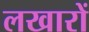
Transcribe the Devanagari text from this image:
लखारों